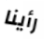
رأينا